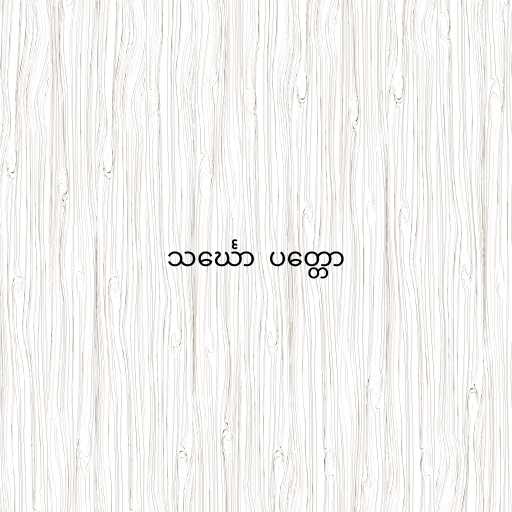
သင်္ဃော  ပတ္တော